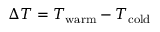
\Delta T = T _ { \mathrm { w a r m } } - T _ { \mathrm { c o l d } }